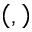
\left( , \right)